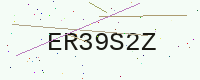
Text: ER39S2Z